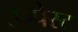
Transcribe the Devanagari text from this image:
उज्पेस्ट